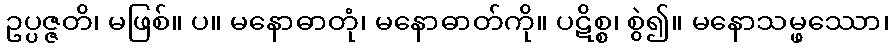
ဥပ္ပဇ္ဇတိ၊ မဖြစ်။ ပ။ မနောဓာတုံ၊ မနောဓာတ်ကို။ ပဋိစ္စ၊ စွဲ၍။ မနောသမ္ဖဿော၊